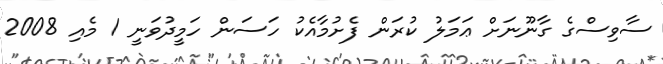
ސާވިސްގެ ގާނޫނަށް ޢަމަލު ކުރަން ފެށުމާއެކު ހަސަން ހަމީދުވަނީ 1 މެއި 2008